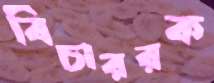
বিচাররক